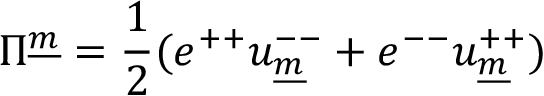
\Pi ^ { \underline { { { m } } } } = { \frac { 1 } { 2 } } ( e ^ { + + } u _ { \underline { { { m } } } } ^ { -- } + e ^ { -- } u _ { \underline { { { m } } } } ^ { + + } )